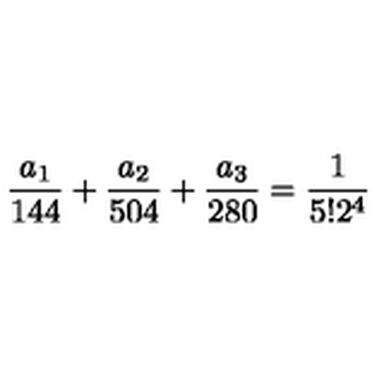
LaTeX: \frac { a _ { 1 } } { 1 4 4 } + \frac { a _ { 2 } } { 5 0 4 } + \frac { a _ { 3 } } { 2 8 0 } = \frac { 1 } { 5 ! 2 ^ { 4 } }